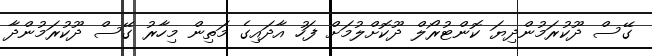
ގޭސް ދޫކުރަމުންދިޔަ ކޮންޓުރޯލް ދޫކޮށްލުމަށް ފަހު އާދައިގެ މަތިން މިހާރު ގޭސް ދޫކުރަމުންދާ